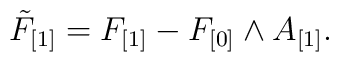
\tilde F_{[1]} = F_{[1]} - F_{[0]} \wedge A_{[1]}.